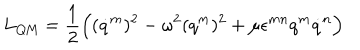
LaTeX: L _ { \mathrm { Q M } } = \frac 1 2 \Bigl ( ( \dot { q } ^ { m } ) ^ { 2 } - \omega ^ { 2 } ( q ^ { m } ) ^ { 2 } + \mu \epsilon ^ { m n } q ^ { m } \dot { q } ^ { n } \Bigr )